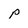
Character: p